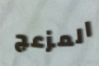
المزعج